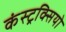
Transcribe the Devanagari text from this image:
कंस्ट्रक्सियो